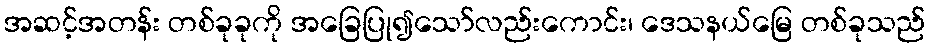
အဆင့်အတန်း တစ်ခုခုကို အခြေပြု၍သော်လည်းကောင်း၊ ဒေသနယ်မြေ တစ်ခုသည်